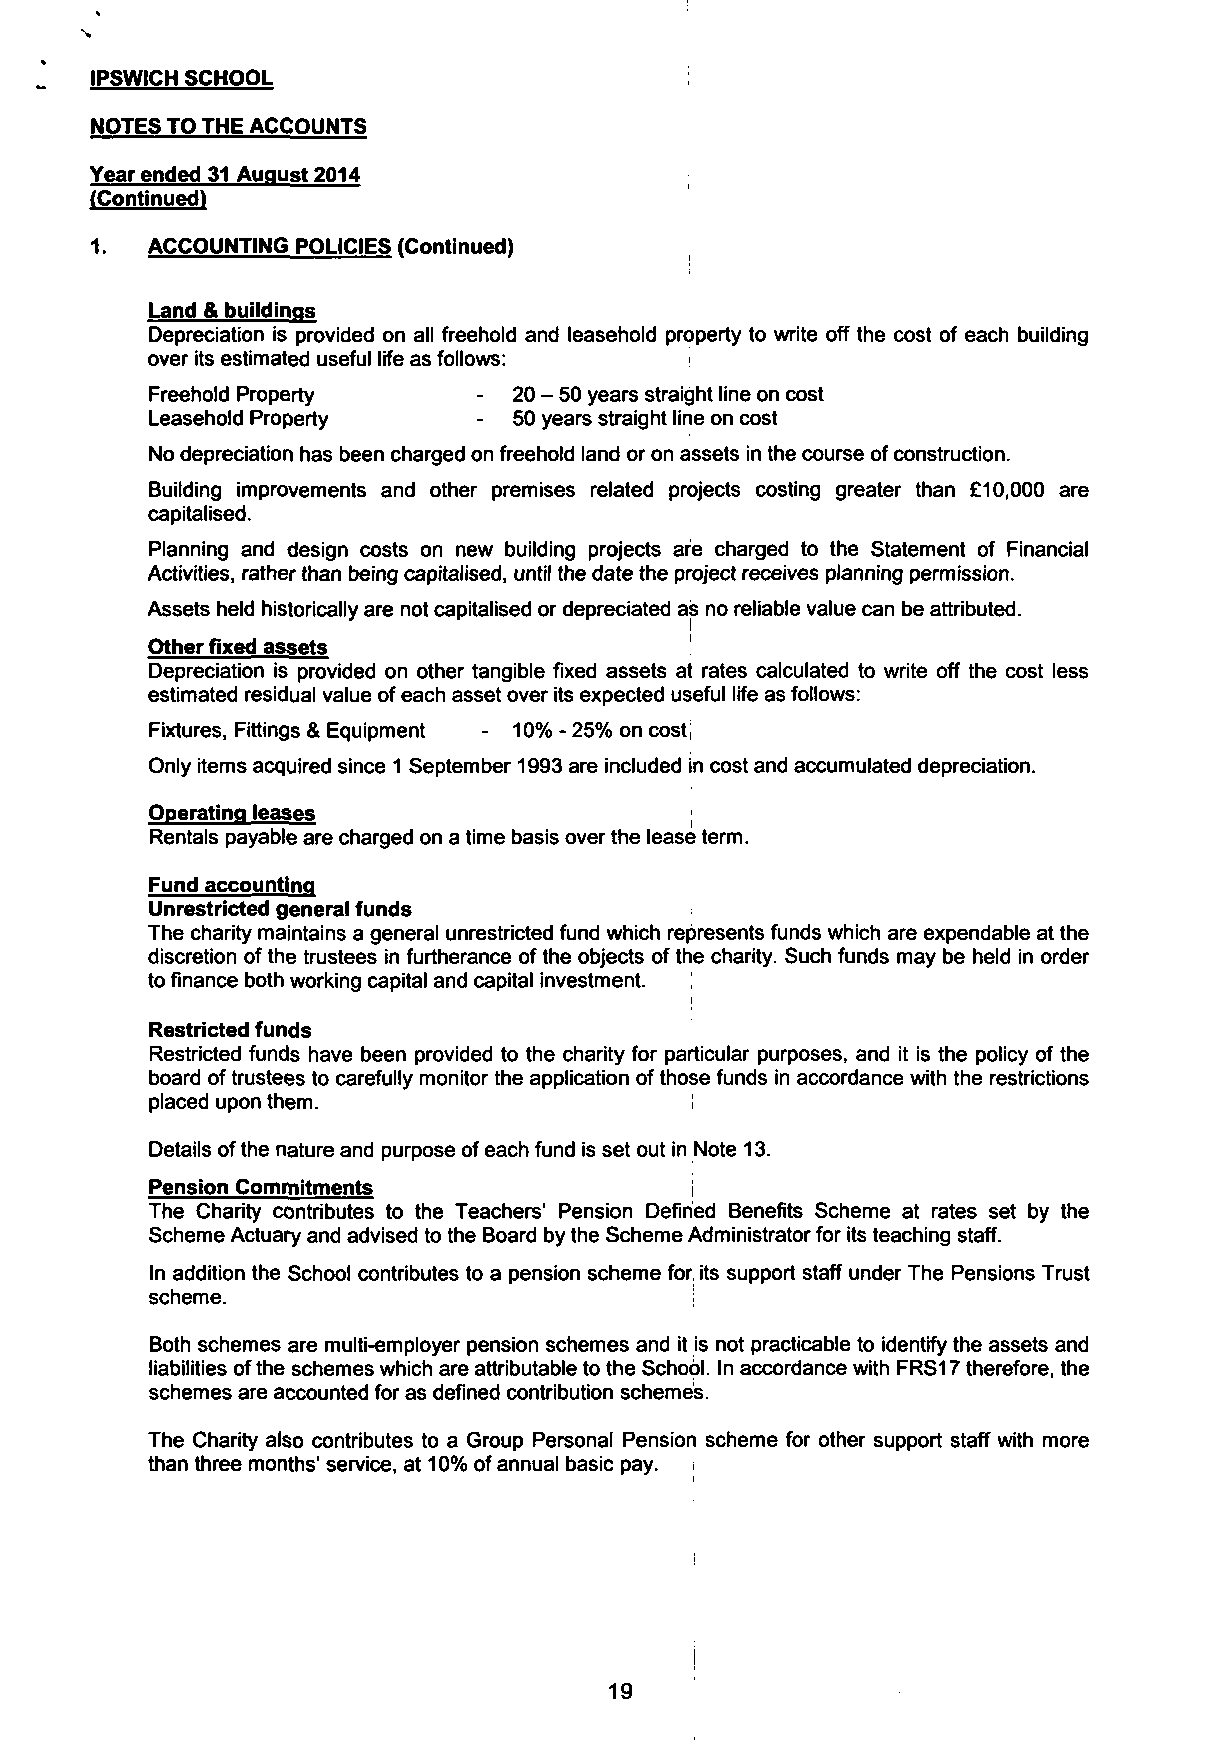
IPSWICH SCHOOL
 NOTES TO THE ACCOUNTS
 Year ended 31 August 2014
 (Continued)
 1.  ACCOUNTING POLICIES (Continued!
 Land & buildings
 Depreciation is provided on all freehold and leasehold property to write off the cost of each building
 over its estimated useful life as follows:
 Freehold Property     - 20-50 years straight line on cost
 Leasehold Property    - 50 years straight line on cost
 No depreciation has been charged on freehold land or on assets in the course of construction.
 Building improvements and other premises related projects costing greater than £10,000 are
 capitalised.
 Planning and design costs on new building projects are charged to the Statement of Financial
 Activities, rather than being capitalised, until the date the project receives planning permission.
 Assets held historically are not capitalised or depreciated as no reliable value can be attributed.
 Other fixed assets
 Depreciation is provided on other tangible fixed assets at rates calculated to write off the cost less
 estimated residual value of each asset over its expected useful life as follows:
 Fixtures, Fittings & Equipment - 10% - 25% on cost;
 Only items acquired since 1 September 1993 are included in cost and accumulated depreciation.
 Operating leases
 Rentals payable are charged on a time basis over the lease term.
 Fund accounting
 Unrestricted general funds
 The charity maintains a general unrestricted fund which represents funds which are expendable at the
 discretion of the trustees in furtherance of the objects of the charity. Such funds may be held in order
 to finance both working capital and capital investment.
 i
 Restricted funds
 Restricted funds have been provided to the charity for particular purposes, and it is the policy of the
 board of trustees to carefully monitor the application of those funds in accordance with the restrictions
 placed upon them.                   !
 Details of the nature and purpose of each fund is set out in Note 13.
 Pension Commitments                 i
 The Charity contributes to the Teachers' Pension Defined Benefits Scheme at rates set by the
 Scheme Actuary and advised to the Board by the Scheme Administrator for its teaching staff.
 In addition the School contributes to a pension scheme for, its support staff under The Pensions Trust
 scheme.
 Both schemes are multi-employer pension schemes and it is not practicable to identify the assets and
 liabilities of the schemes which are attributable to the School. In accordance with FRS17 therefore, the
 schemes are accounted for as defined contribution schemes.
 The Charity also contributes to a Group Personal Pension scheme for other support staff with more
 than three months' service, at 10% of annual basic pay.
 !
 19